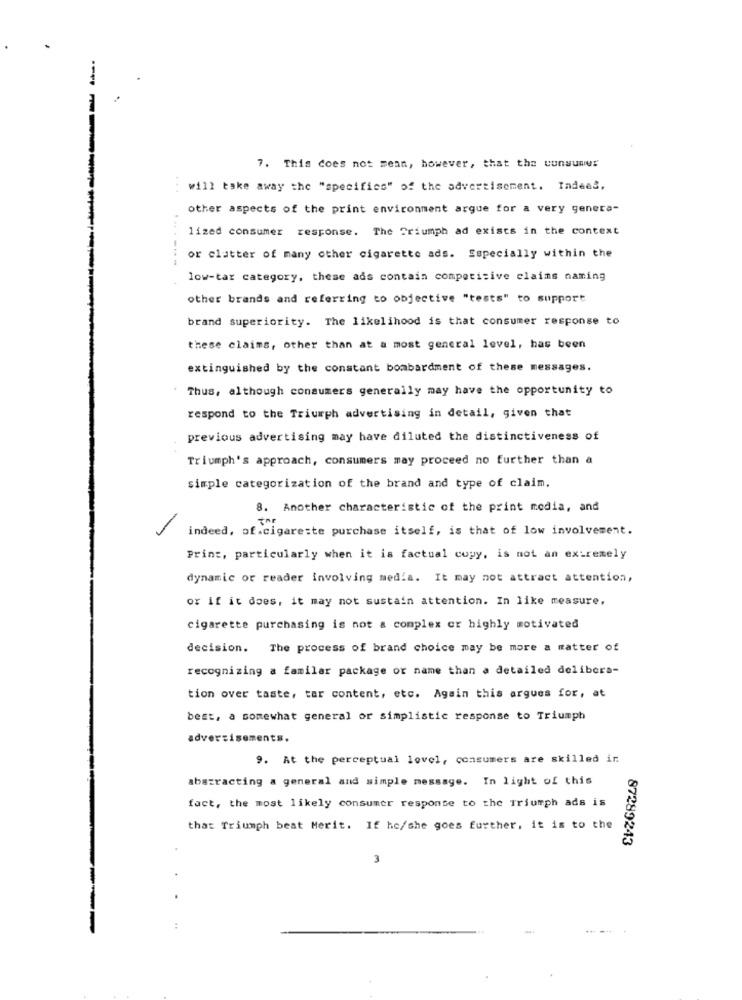
----
7. This does not mean, however, that the consumer
will take away the "specifics" of the advertisement. Indeed,
other aspects of the print environment argue for a very genera-
lized consumer response. The Triumph ad exists in the context
or clutter of many other cigarette ads. Especially within the
low-tar category, these ads contain competitive claims naming
other brands and referring to objective "tests" to support
brand superiority. The likelihood is that consumer response to
these claims, other than at a most general level, has been
extinguished by the constant bombardment of these messages.
Thus, although consumers generally may have the opportunity to
respond to the Triumph advertising in detail, given that
previous advertising may have diluted the distinctiveness of
Triumph's approach, consumers may proceed no further than a
simple categorization of the brand and type of claim,
8. Another characteristic of the print media, and
TOP
indeed, of.cigarette purchase itself, is that of low involvement.
Princ, particularly when it is factual copy, is not an extremely
dynamic or reader involving media. It may not attract attention,
or if it does, it may not sustain attention. In like measure,
cigarette purchasing is not a complex er highly motivated
decision. The process of brand choice may be more a matter of
recognizing a familar package or name than a detailed delibera-
tion over taste, tar content, etc. Again this argues for, at
best, a somewhat general or simplistic response to Triumph
advertisements.
9. At the perceptual lovel, consumers are skilled ir
abstracting a general and simple message. In light of this
fact, the most likely consumer response to the Triumph ads is
that Triumph beat Merit. If he/she goes further, it is to the
87289243
3